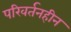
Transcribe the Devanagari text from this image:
परिवर्तनहीन